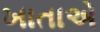
ખાતાએ